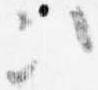
次